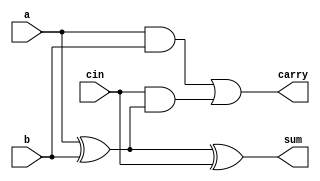
`timescale 1ns / 1ps
module full_adder(a,b,cin,sum,carry);
input wire a;
input wire b;
input wire cin;
output wire sum;
output wire carry;
assign sum=a^b^cin;
assign carry=(a&b)|(cin&(a^b));
endmodule
module ripple_carry(a,b,c,sum,carry);
input wire [3:0]a;
input wire [3:0]b;
input wire c;
output wire [3:0]sum;
output wire carry;
wire c1,c2,c3;
full_adder fa1(a[0],b[0],c,sum[0],c1);
full_adder fa2(a[1],b[1],c1,sum[1],c2);
full_adder fa3(a[2],b[2],c2,sum[2],c3);
full_adder fa4(a[3],b[3],c3,sum[3],carry);
endmodule